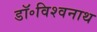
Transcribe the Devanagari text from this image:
डॉ॰विश्वनाथ